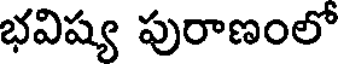
భవిష్య పురాణంలో